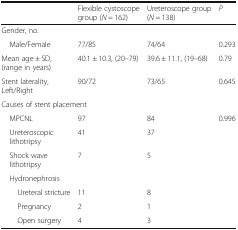
|  | Flexible cystoscope group (N = 162) | Ureteroscope group (N = 138) | P |
 | --- | --- | --- | --- |
 | <COLSPAN=4> Gender, no. |
 | Male/Female | 77/85 | 74/64 | 0.293 |
 | Mean age ± SD, (range in years) | 40.1 ± 10.3, (20–79) | 39.6 ± 11.1, (19–68) | 0.79 |
 | Stent laterality, Left/Right | 90/72 | 73/65 | 0.645 |
 | <COLSPAN=4> Causes of stent placement |
 | MPCNL | 97 | 84 | 0.996 |
 | Ureteroscopic lithotripsy | 41 | 37 |  |
 | Shock wave lithotripsy | 7 | 5 |  |
 | <COLSPAN=4> Hydronephrosis |
 | Ureteral stricture | 11 | 8 |  |
 | Pregnancy | 2 | 1 |  |
 | Open surgery | 4 | 3 |  |